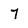
Character: 7